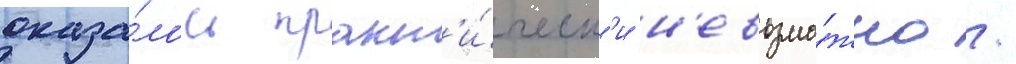
оказа́лось практ'и́ческ'и н'евозмо́жно /